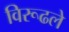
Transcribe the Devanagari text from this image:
विरूढले